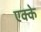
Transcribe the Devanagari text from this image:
एक्के